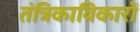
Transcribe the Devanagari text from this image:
तंत्रिकाविकारों